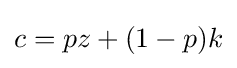
c=pz+(1-p)k